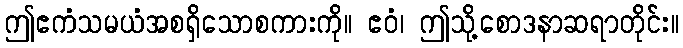
ဤဧကံသမယံအစရှိသောစကားကို။ ဧဝံ၊ ဤသို့စောဒနာဆရာတိုင်း။